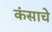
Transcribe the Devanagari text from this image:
कंसाचे